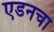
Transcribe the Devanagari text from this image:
एडनचा